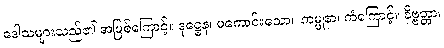
ဒေါသများသည်၏ အဖြစ်ကြောင့်။ ဒုဋ္ဌေန၊ မကောင်းသော။ ကမ္မုနာ၊ ကံကြောင့်။ နိဗ္ဗတ္တာ၊